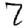
Digit: 7